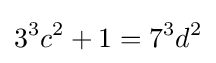
3^{3}c^{2}+1=7^{3}d^{2}